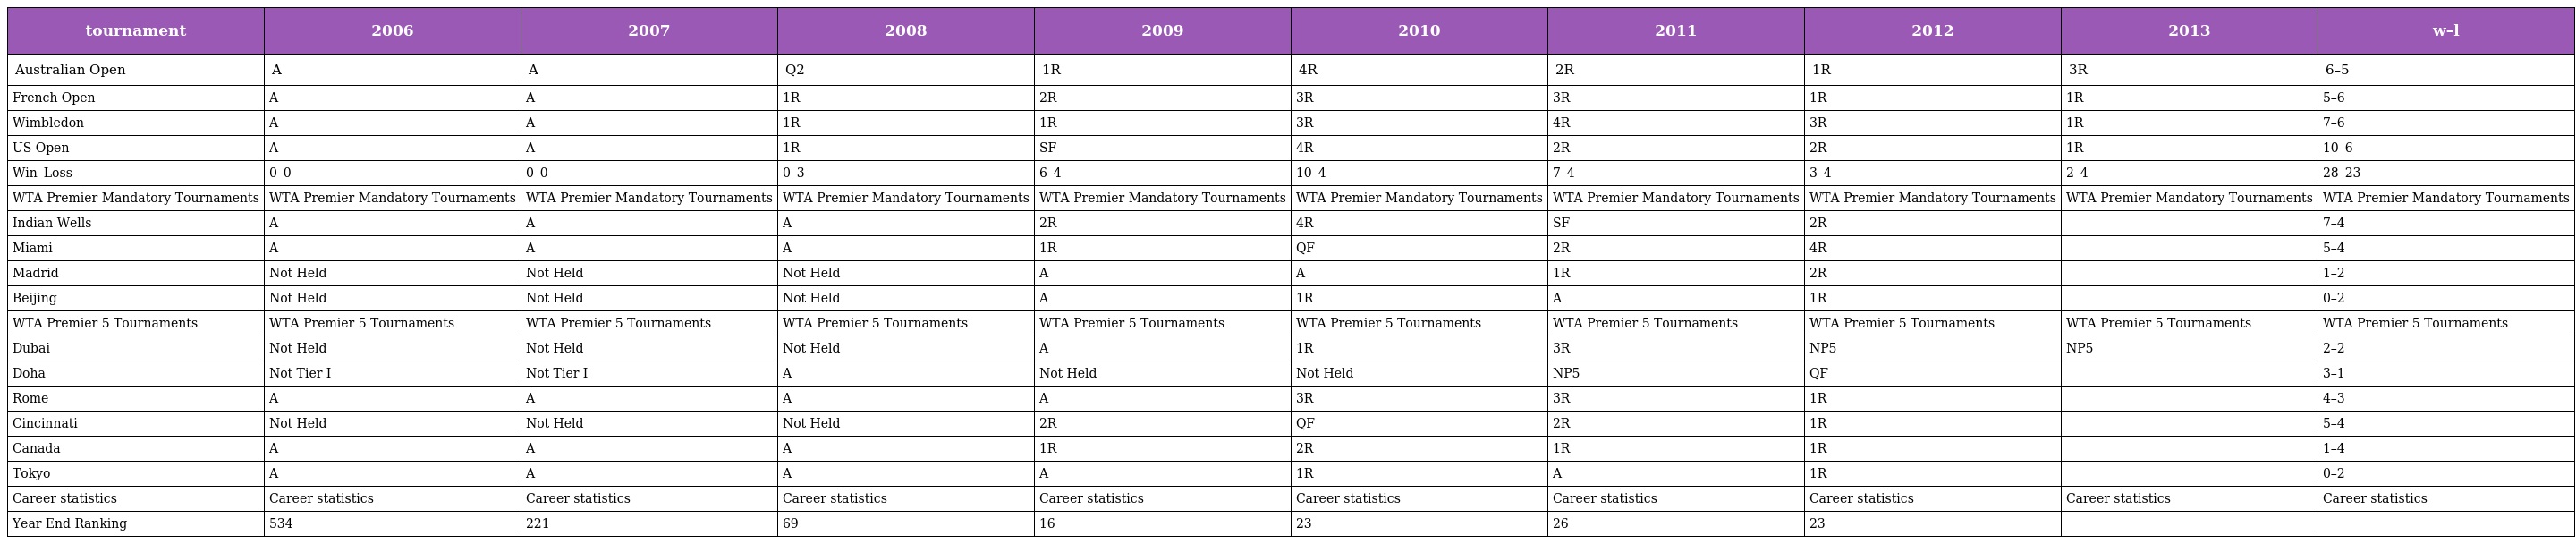
| tournament | 2006 | 2007 | 2008 | 2009 | 2010 | 2011 | 2012 | 2013 | w–l |
 | --- | --- | --- | --- | --- | --- | --- | --- | --- | --- |
 | Australian Open | A | A | Q2 | 1R | 4R | 2R | 1R | 3R | 6–5 |
 | French Open | A | A | 1R | 2R | 3R | 3R | 1R | 1R | 5–6 |
 | Wimbledon | A | A | 1R | 1R | 3R | 4R | 3R | 1R | 7–6 |
 | US Open | A | A | 1R | SF | 4R | 2R | 2R | 1R | 10–6 |
 | Win–Loss | 0–0 | 0–0 | 0–3 | 6–4 | 10–4 | 7–4 | 3–4 | 2–4 | 28–23 |
 | WTA Premier Mandatory Tournaments | WTA Premier Mandatory Tournaments | WTA Premier Mandatory Tournaments | WTA Premier Mandatory Tournaments | WTA Premier Mandatory Tournaments | WTA Premier Mandatory Tournaments | WTA Premier Mandatory Tournaments | WTA Premier Mandatory Tournaments | WTA Premier Mandatory Tournaments | WTA Premier Mandatory Tournaments |
 | Indian Wells | A | A | A | 2R | 4R | SF | 2R |  | 7–4 |
 | Miami | A | A | A | 1R | QF | 2R | 4R |  | 5–4 |
 | Madrid | Not Held | Not Held | Not Held | A | A | 1R | 2R |  | 1–2 |
 | Beijing | Not Held | Not Held | Not Held | A | 1R | A | 1R |  | 0–2 |
 | WTA Premier 5 Tournaments | WTA Premier 5 Tournaments | WTA Premier 5 Tournaments | WTA Premier 5 Tournaments | WTA Premier 5 Tournaments | WTA Premier 5 Tournaments | WTA Premier 5 Tournaments | WTA Premier 5 Tournaments | WTA Premier 5 Tournaments | WTA Premier 5 Tournaments |
 | Dubai | Not Held | Not Held | Not Held | A | 1R | 3R | NP5 | NP5 | 2–2 |
 | Doha | Not Tier I | Not Tier I | A | Not Held | Not Held | NP5 | QF |  | 3–1 |
 | Rome | A | A | A | A | 3R | 3R | 1R |  | 4–3 |
 | Cincinnati | Not Held | Not Held | Not Held | 2R | QF | 2R | 1R |  | 5–4 |
 | Canada | A | A | A | 1R | 2R | 1R | 1R |  | 1–4 |
 | Tokyo | A | A | A | A | 1R | A | 1R |  | 0–2 |
 | Career statistics | Career statistics | Career statistics | Career statistics | Career statistics | Career statistics | Career statistics | Career statistics | Career statistics | Career statistics |
 | Year End Ranking | 534 | 221 | 69 | 16 | 23 | 26 | 23 |  |  |